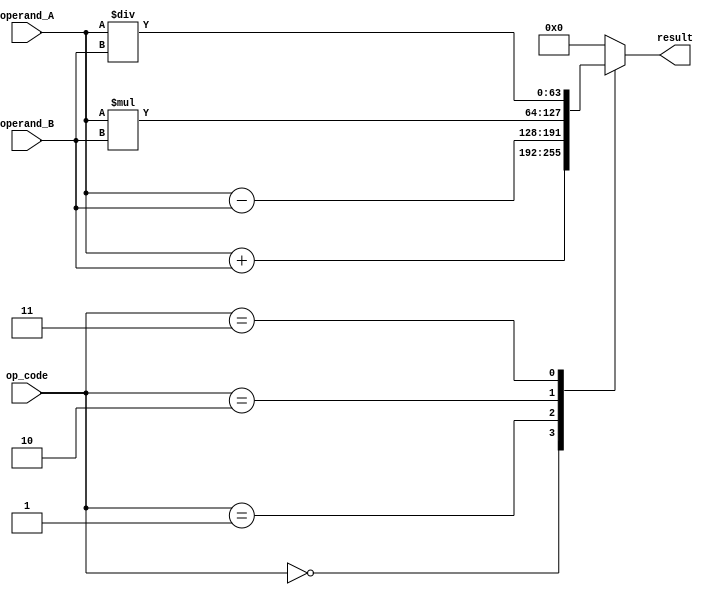
module double_precision_fpu (
    input wire [63:0] operand_A,
    input wire [63:0] operand_B,
    input wire [2:0] op_code,
    output reg [63:0] result
);

always @(*) begin
    case(op_code)
        3'b000: result = operand_A + operand_B; // Addition
        3'b001: result = operand_A - operand_B; // Subtraction
        3'b010: result = operand_A * operand_B; // Multiplication
        3'b011: result = operand_A / operand_B; // Division
        default: result = 64'h0000000000000000; // Default value
    endcase
end

endmodule